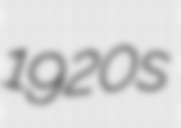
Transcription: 1920s